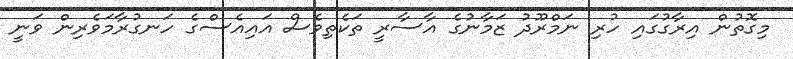
މިގޮތުން އިރާގުގައި ހުރި ނަމްރޫދު ޒަމާނުގެ އާސާރީ ތަކެތިވެސް އައިއެސްގެ ހަނގުރާމަވެރިން ވަނީ